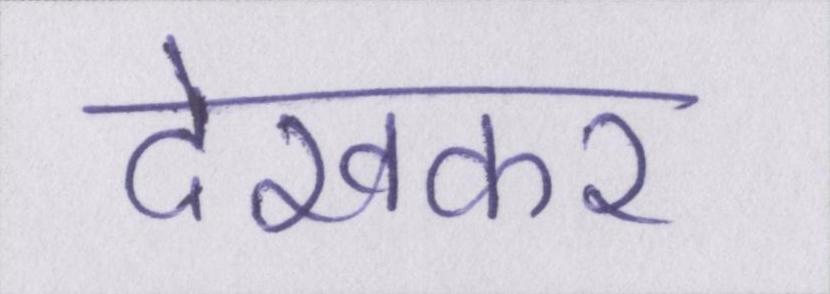
देखकर